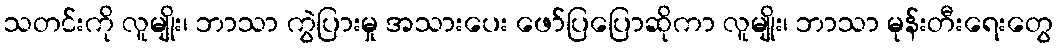
သတင်းကို လူမျိုး၊ ဘာသာ ကွဲပြားမှု အသားပေး ဖော်ပြပြောဆိုကာ လူမျိုး၊ ဘာသာ မုန်းတီးရေးတွေ